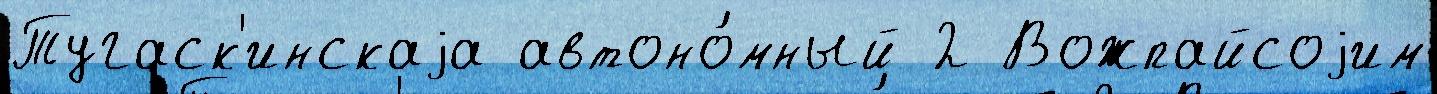
Тугаск'инскаjа автоно́мный 2 Вожпайсоjим